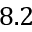
8 . 2